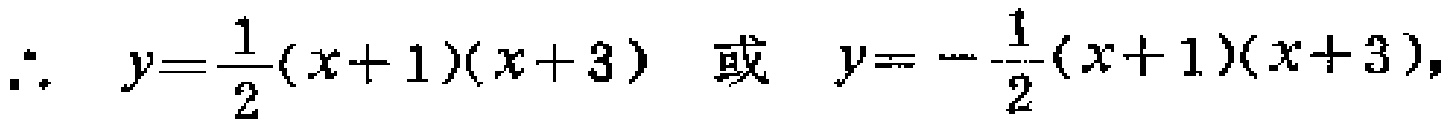
\(\therefore\ y=\frac{1}{2}(x + 1)(x + 3)\ 或\ y=-\frac{1}{2}(x + 1)(x + 3),\)